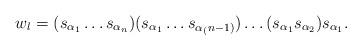
LaTeX: \begin{align*}w_l = (s_{\alpha_1}\ldots s_{\alpha_n})(s_{\alpha_1}\ldots s_{\alpha_(n-1)})\ldots (s_{\alpha_1}s_{\alpha_2}) s_{\alpha_1}.\end{align*}